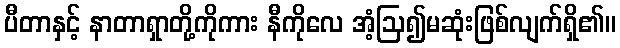
ပီတာနှင့် နာတာရှာတို့ကိုကား နီကိုလေ အံ့ဩ၍မဆုံးဖြစ်လျက်ရှိ၏။